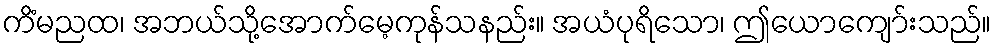
ကိံမညထ၊ အဘယ်သို့အောက်မေ့ကုန်သနည်း။ အယံပုရိသော၊ ဤယောကျော်းသည်။